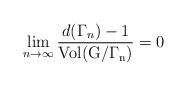
LaTeX: \begin{align*}\lim_{n\rightarrow\infty}\frac{d(\Gamma_{n})-1}{\rm{Vol}(G/\Gamma_{n})}=0\end{align*}